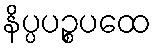
နိပ္ပပဉ္စပထေ